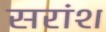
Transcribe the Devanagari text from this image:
सरांश